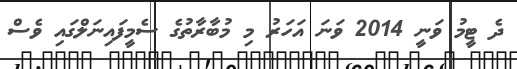
ދެ ޓީމު ވަނީ 2014 ވަނަ އަހަރު މި މުބާރާތުގެ ސެމީފައިނަލްގައި ވެސް